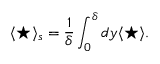
\langle \star \rangle _ { s } = \frac { 1 } { \delta } \int _ { 0 } ^ { \delta } d y \langle \star \rangle .